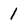
Character: 1